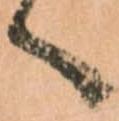
へ